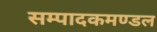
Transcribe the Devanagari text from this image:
सम्पादकमण्डल